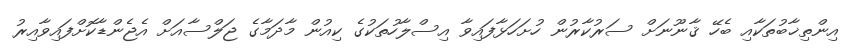
އިންތިޚާބުތަކާއި ބެހޭ ޤާނޫނަށް ސަރުކާރުން ހުށަހަޅާފައިވާ އިސްލާހުތަކުގެ ކިއުން މާދަމާގެ ޖަލްސާއަށް އެޖެންޑާކޮށްފައިވާއިރު